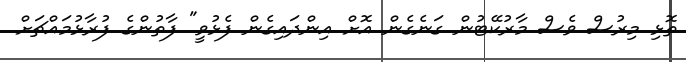
ތޮޅި މިރުސް ވެސް މާރުކޭޓުން ގަނެގެން އޮށް އިންދައިގެން ފެޅުވީ" ފާތުންގެ ފުރާޅުމައްޗަށް